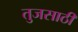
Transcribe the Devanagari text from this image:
तुजसाठी